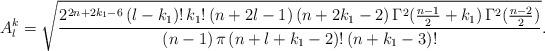
LaTeX: \begin{align*}A_l^k=\sqrt{\frac{2^{2n+2k_1-6}\,(l-k_1)!\,k_1!\,(n+2l-1)\,(n+2k_1-2)\,\Gamma^2(\frac{n-1}{2}+k_1)\,\Gamma^2(\frac{n-2}{2})} {(n-1)\,\pi\,(n+l+k_1-2)!\,(n+k_1-3)!}}.\end{align*}